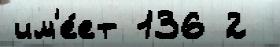
им'е́ет 136 2